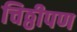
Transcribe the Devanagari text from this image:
चिठ्ठीपण